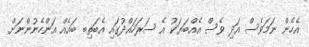
އެހެން ނަމަވެސް އަދި ވެސް އެއްބަޔަކު އެ ސަރަހައްދުގައި އެބަތިބ ބައެއް އަންހެނުންނަށް